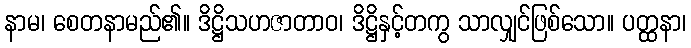
နာမ၊ စေတနာမည်၏။ ဒိဋ္ဌိသဟဇာတာဝ၊ ဒိဋ္ဌိနှင့်တကွ သာလျှင်ဖြစ်သော။ ပတ္ထနာ၊